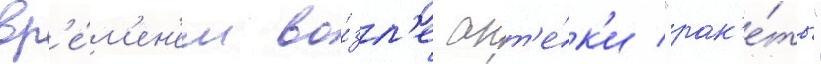
вр'е́м'ен'ем во́зл'е апт'е́к'и "рак'е́ты"